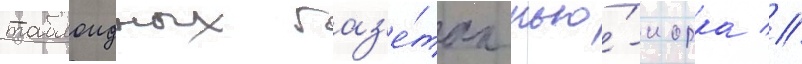
таблоидных газ'е́тах нью́-иорка //